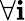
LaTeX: \forall\mathbf{i}